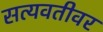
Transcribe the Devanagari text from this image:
सत्यवतीवर